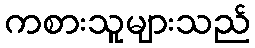
ကစားသူများသည်